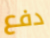
دفع